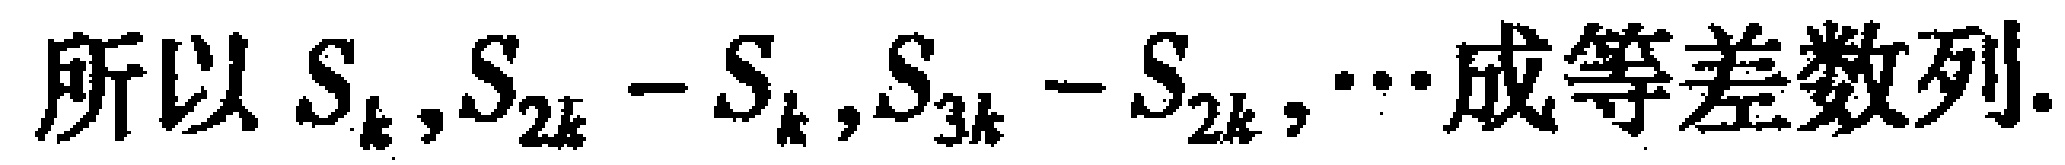
所以 \(S_{k},S_{2k} - S_{k},S_{3k} - S_{2k},\cdots\)成等差数列.